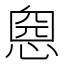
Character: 𢝏